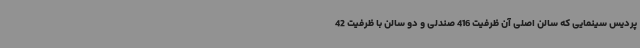
پردیس سینمایی که سالن اصلی آن ظرفیت 416 صندلی و دو سالن با ظرفیت 42